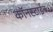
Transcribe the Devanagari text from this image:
कॉनस्टाईन